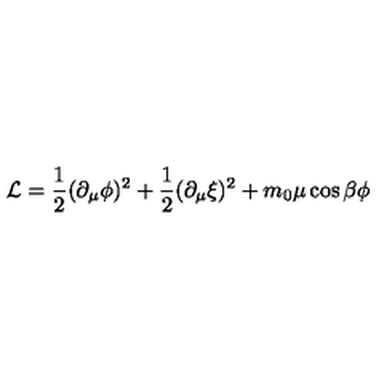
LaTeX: { \cal L } = \frac { 1 } { 2 } ( \partial _ { \mu } \phi ) ^ { 2 } + \frac { 1 } { 2 } ( \partial _ { \mu } \xi ) ^ { 2 } + m _ { 0 } \mu \cos \beta \phi